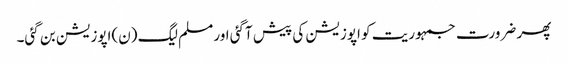
پھر ضرورت جمہوریت کو اپوزیشن کی پیش آگئی اور مسلم لیگ (ن)اپوزیشن بن گئی۔